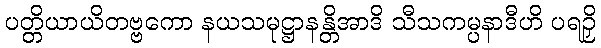
ပတ္တိယာယိတဗ္ဗကော နယသမုဋ္ဌာနန္တိအာဒိ သီသကမ္ပနာဒီဟိ ပရဉှိ